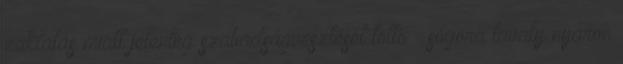
zaklatás miatt jelenleg szabadságvesztését töltő – sógora tavaly nyáron